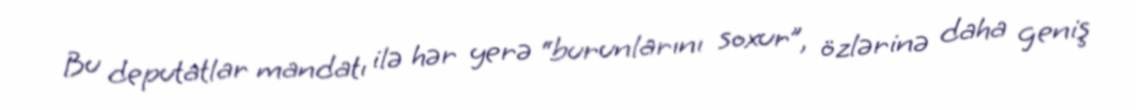
Bu deputatlar mandatı ilə hər yerə “burunlarını soxur”, özlərinə daha geniş